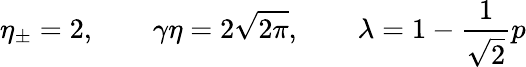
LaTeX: \eta_{\pm}=2,\qquad\gamma\eta=2\sqrt{2\pi},\qquad\lambda=1-\frac{1}{\sqrt{2}}p